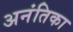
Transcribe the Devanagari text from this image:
अनंतिका